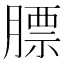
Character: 膘